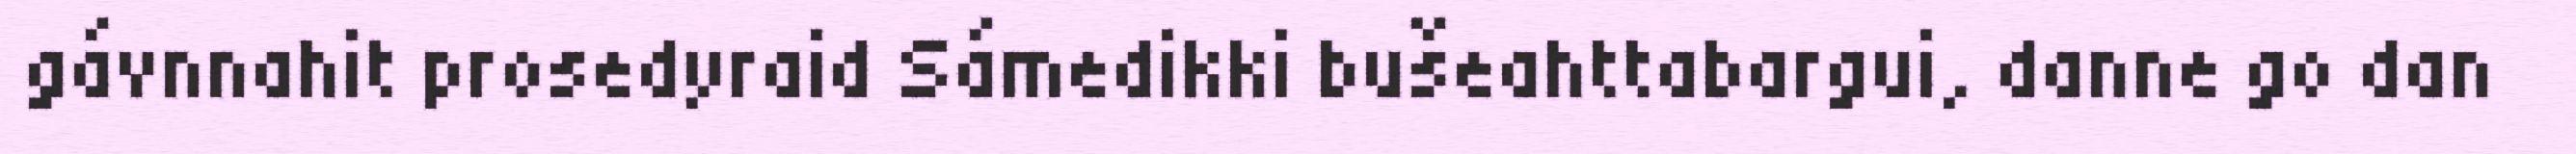
gávnnahit prosedyraid Sámedikki bušeahttabargui, danne go dan